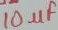
Text: 10µF